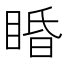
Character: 睧